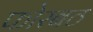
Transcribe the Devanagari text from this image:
फोरबठ